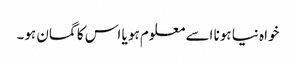
خواہ نیا ہونا اسے معلوم ہو یا اس کا گمان ہو۔